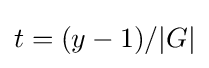
t=(y-1)/|G|